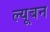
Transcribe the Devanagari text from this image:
ल्यूबन